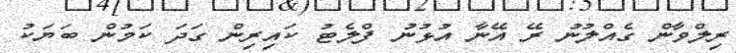
ރިލްވާން ގެއްލުނު ރޭ އޭނާ އުޅުނު ފްލެޓު ކައިރިން ގަދަ ކަމުން ބަޔަކު